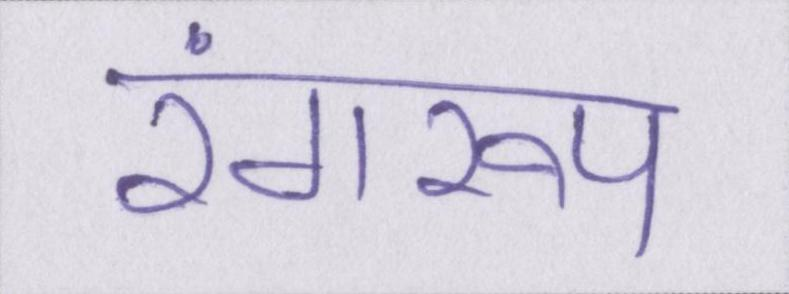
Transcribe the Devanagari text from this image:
रंगरूप